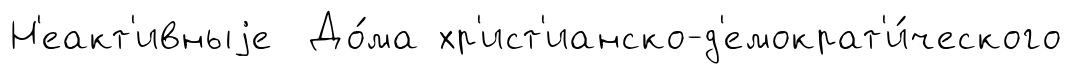
Н'еакт'ивныjе До́ма хр'ист'ианско-д'емократ'и́ческого